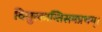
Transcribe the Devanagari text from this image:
विद्युत्कान्तिसमप्रभम्।